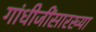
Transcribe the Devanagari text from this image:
गांधीजींसारख्या